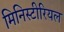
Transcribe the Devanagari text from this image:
मिनिस्टीरियल